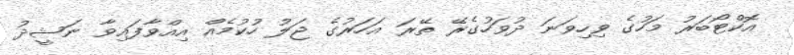
އޮކްޓޯބަރު މަހުގެ ވިހިވަނަ ދުވަހުގެރޭ ތޭރަ އަހަރުގެ ޖަލު ހުކުމެއް އިއްވާފައިވާ ނަޝީދު